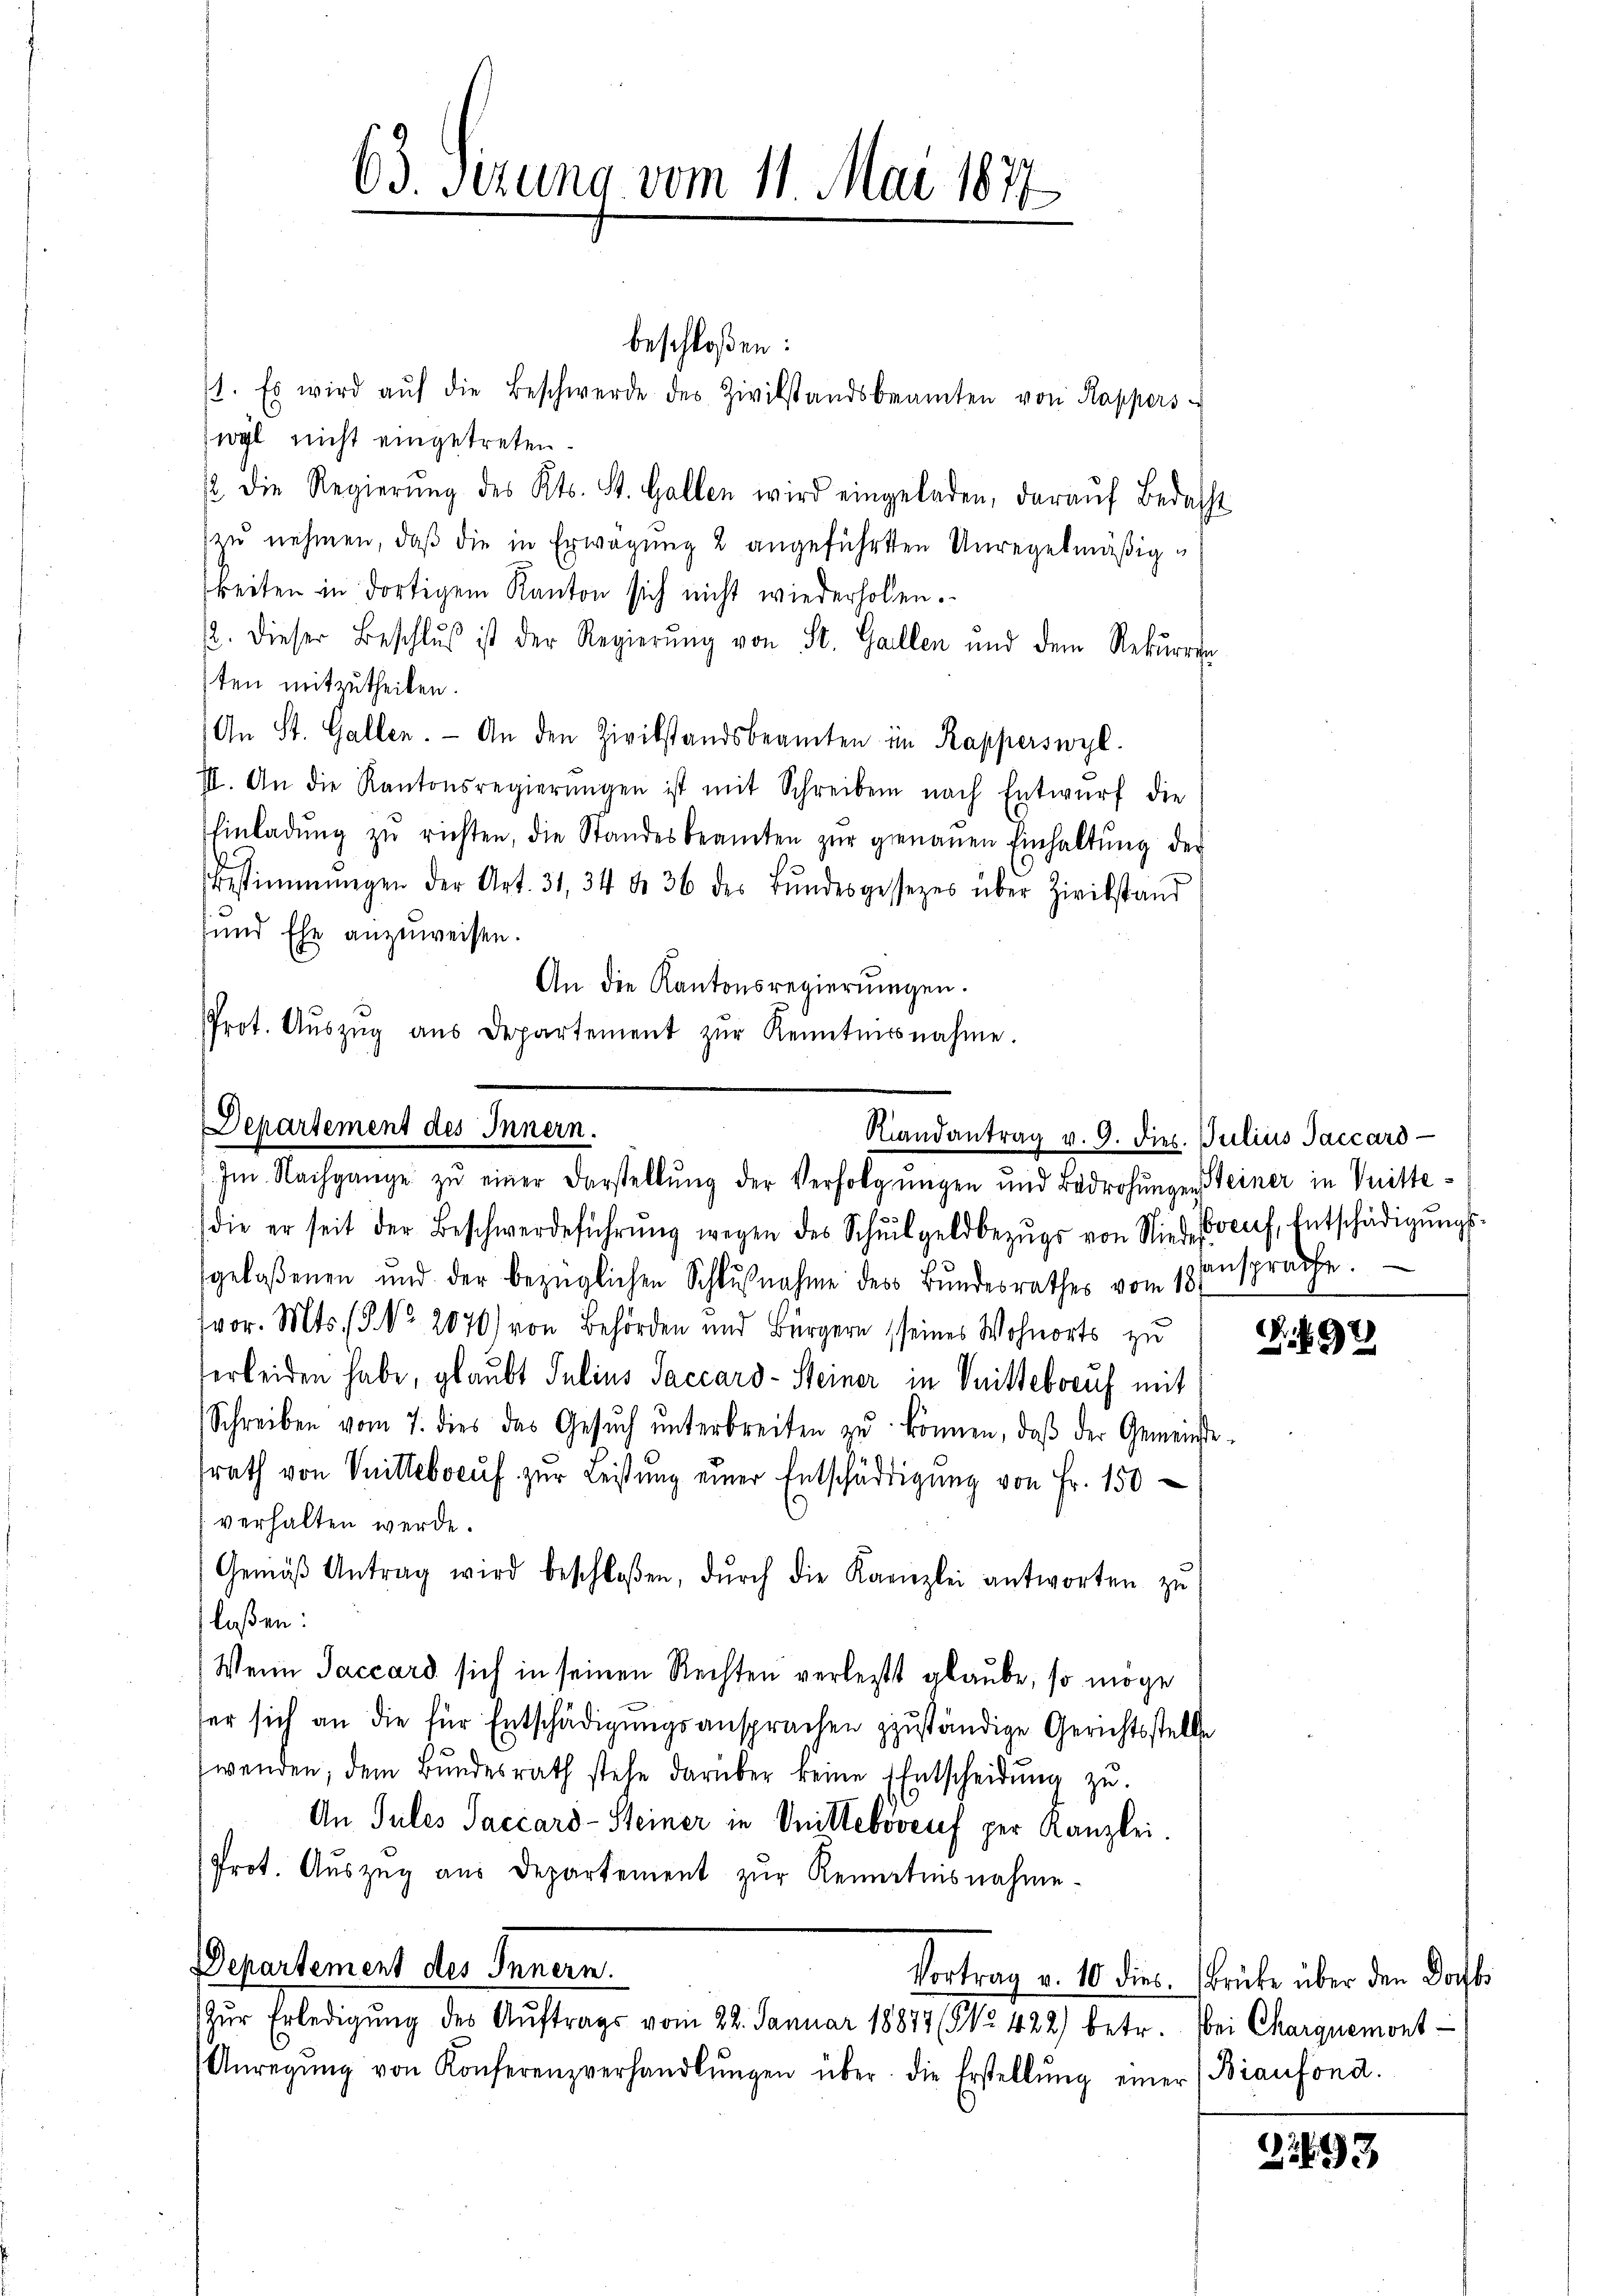
63. Ferung vom 11. Mai 1877

beschloßen:
1. Es wird aŭf die Beschwerde des Zivilstandsbeamten von Kappers
wyl nicht eingetreten.
2 die Regierŭng des Kts. St. Gallen wird eingeladen, daraŭf Bedasse
zu nehmen, daß die in Erwägung 2 angeführten Unregelmäßig
keiten in dortigem Kanton sich nicht wiederholen.
2. dieser Beschlŭs ist der Regierŭng von St. Gallen und dem Rekŭrren
sten mitzutheilen.
An St. Gallen. An den Zivilstandsbeamten im Rapperswyl
III. An die Kantonsregierŭngen ist mit Schreiben nach Entwŭrf die
Einladŭng zŭ richten, die Standesbeamten zŭr genauen Einhaltŭng der
Bestimmungen der Art. 31, 34 f 36 des Bŭndesgesezes über Zivilstand
sund Ehe anzuweisen.
An die Kantonsregierŭngen.
Prot. Aŭszŭg aŭs Departement zŭr Kenntnissnahme.

Departement des Innern.
Riandantrag v. 9. dies Julius Jaccard
Im Nachgange zŭ einer Darstellŭng der Verfolgungen und Bedrohŭngen einer in Knitte¬

(die er seit der Beschwerdeführŭng wegen des Schŭlgeldbezŭgs von Niedervenf, Entschädigŭngs-
gelaßenen und der bezüglichen Schlußnahme des Bundesrathes vom 18.
vor. Mts. S. Nr. 2070) von Behörden und Bürgern seines Wohnorts zu
verleiden habe, glaubt Julius Saccard-Steiner in Veittebrauf mit
Schreiben vom 7. dies das Gesŭch ŭnterbreiten zŭ können, daβ der Gemeinde-
srath von Mitterauf zur Leistung einer Entschädigung von Fr. 150
verhalten werde.
Gemäβ Antrag wird beschloßen, dŭrch die Kanzlei antworten zu
laßen:
Wenn Jaccard sich in seinen Rechten verletzt glaube, so möge
ser sich an die für Entschädigungsansprachen zuständige Gerichtsstelle
wenden, dem Bŭndesrath stehe darüber keine Entscheidŭng zŭ.
An Tules Saccard-Steiner in Knitteboveuf per Kanzlei.
Prot. Auszug aus Departement zur Renntnisnahme
Departement des Innern.
Vortrag v. 10 dies. Brüke über den Docht
Zur Erledigung des Aŭftrags vom 22. Januar 18877(52. 422) betr. Bei Charquemons
Anregŭng von Konferenzverhandlŭngen über die Erstellŭng einer (Biaufond.

ansprache.

. 97

2193